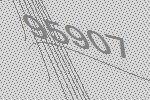
95907